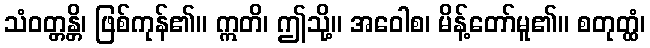
သံဝတ္တန္တိ၊ ဖြစ်ကုန်၏။ ဣတိ၊ ဤသို့။ အဝေါစ၊ မိန့်တော်မူ၏။ စတုတ္ထံ၊